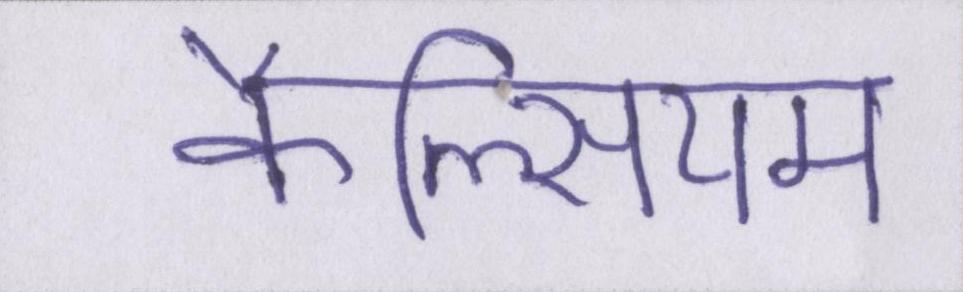
कैल्सियम